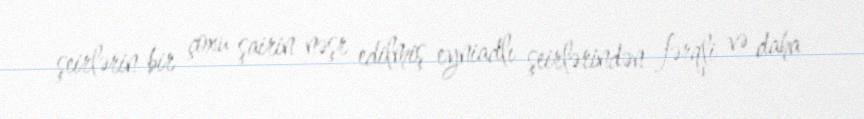
şeirlərin bir çoxu şairin nəşr edilmiş eyniadlı şeirlərindən fərqli və daha